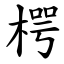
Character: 㮙